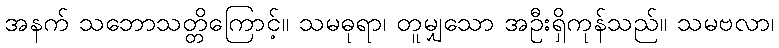
အနက် သဘောသတ္တိကြောင့်။ သမဓုရာ၊ တူမျှသော အဦးရှိကုန်သည်။ သမဗလာ၊